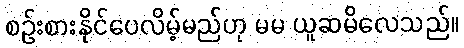
စဉ်းစားနိုင်ပေလိမ့်မည်ဟု မမ ယူဆမိလေသည်။